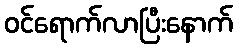
ဝင်ရောက်လာပြီးနောက်